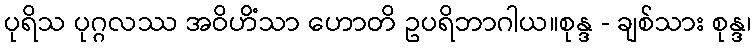
ပုရိသ ပုဂ္ဂလဿ အဝိဟိံသာ ဟောတိ ဥပရိဘာဂါယ။စုန္ဒ - ချစ်သား စုန္ဒ၊